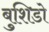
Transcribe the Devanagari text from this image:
बुशिडो